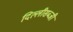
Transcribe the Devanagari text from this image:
दिल्लीसब्जी